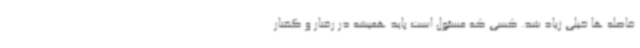
فاصله ها خیلی زیاد شد. کسی که مسئول است باید همیشه در رفتار و گفتار